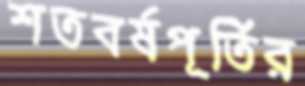
শতবর্ষপূর্তির